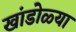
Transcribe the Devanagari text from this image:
खांडोळ्या